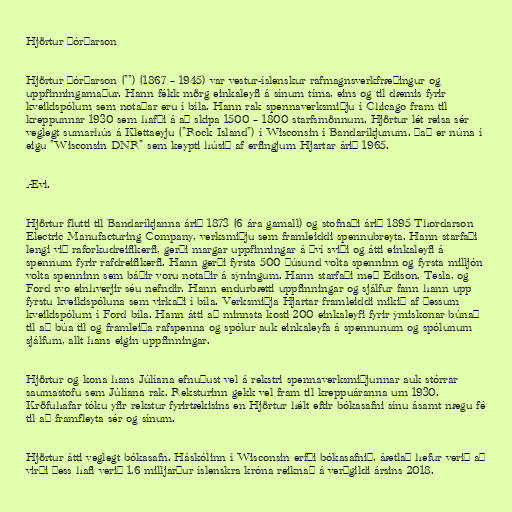
Hjörtur Þórðarson

Hjörtur Þórðarson ("") (1867 – 1945) var vestur-íslenskur rafmagnsverkfræðingur og
uppfinningamaður. Hann fékk mörg einkaleyfi á sínum tíma, eins og til dæmis fyrir
kveikispólum sem notaðar eru í bíla. Hann rak spennaverksmiðju í Chicago fram til
kreppunnar 1930 sem hafði á að skipa 1500 – 1800 starfsmönnum. Hjörtur lét reisa sér
veglegt sumarhús á Klettaeyju ("Rock Island") í Wisconsin í Bandaríkjunum. Það er núna í
eigu "Wisconsin DNR" sem keypti húsið af erfingjum Hjartar árið 1965.

Ævi.

Hjörtur flutti til Bandaríkjanna árið 1873 (6 ára gamall) og stofnaði árið 1895 Thordarson
Electric Manufacturing Company, verksmiðju sem framleiddi spennubreyta. Hann starfaði
lengi við raforkudreifikerfi, gerði margar uppfinningar á því sviði og átti einkaleyfi á
spennum fyrir rafdreifikerfi. Hann gerði fyrsta 500 þúsund volta spenninn og fyrsta milljón
volta spenninn sem báðir voru notaðir á sýningum. Hann starfaði með Edison, Tesla, og
Ford svo einhverjir séu nefndir. Hann endurbætti uppfinningar og sjálfur fann hann upp
fyrstu kveikispóluna sem virkaði í bíla. Verksmiðja Hjartar framleiddi mikið af þessum
kveikispólum í Ford bíla. Hann átti að minnsta kosti 200 einkaleyfi fyrir ýmiskonar búnað
til að búa til og framleiða rafspenna og spólur auk einkaleyfa á spennunum og spólunum
sjálfum, allt hans eigin uppfinningar.

Hjörtur og kona hans Júlíana efnuðust vel á rekstri spennaverksmiðjunnar auk stórrar
saumastofu sem Júlíana rak. Reksturinn gekk vel fram til kreppuáranna um 1930.
Kröfuhafar tóku yfir rekstur fyrirtækisins en Hjörtur hélt eftir bókasafni sínu ásamt nægu fé
til að framfleyta sér og sínum.

Hjörtur átti veglegt bókasafn. Háskólinn í Wisconsin erfði bókasafnið, áætlað hefur verið að
virði þess hafi verið 1,6 milljarður íslenskra króna reiknað á verðgildi ársins 2018.